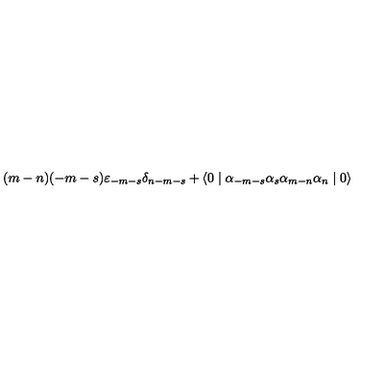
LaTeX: ( m - n ) ( - m - s ) { \varepsilon } _ { - m - s } { \delta } _ { n - m - s } + \langle 0 \mid { \alpha } _ { - m - s } { \alpha } _ { s } { \alpha } _ { m - n } { \alpha } _ { n } \mid 0 \rangle